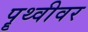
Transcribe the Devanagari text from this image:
पॄथ्वीवर